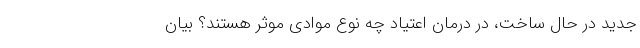
جدید در حال ساخت، در درمان اعتیادِ چه نوع موادی موثر هستند؟ بیان